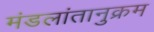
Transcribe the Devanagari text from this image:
मंडलांतानुक्रम